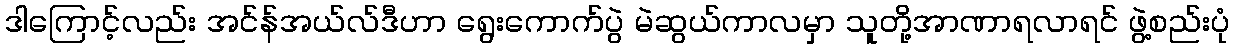
ဒါကြောင့်လည်း အင်န်အယ်လ်ဒီဟာ ရွေးကောက်ပွဲ မဲဆွယ်ကာလမှာ သူတို့အာဏာရလာရင် ဖွဲ့စည်းပုံ